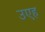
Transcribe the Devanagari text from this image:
उएह